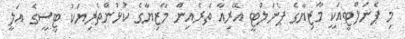
މި ޕެނަލްޓީއަކީ މާޒިޔާގެ ޕެނަލްޓީ އޭރިއާ ތެރެއިން މާޒިޔާގެ ކުޅުންތެރިޔަކު ޓީސީގެ ޢަލީ